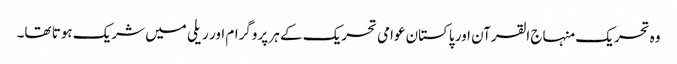
وہ تحریک منہاج القرآن اور پاکستان عوامی تحریک کے ہر پروگرام اور ریلی میں شریک ہوتا تھا۔